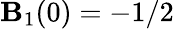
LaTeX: \mathbf{B}_{1}(0)=-1/2